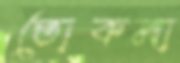
তোকমা